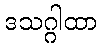
ဒသဂ္ဂါထာ